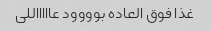
غذا فوق العاده بوووود عاااااللی